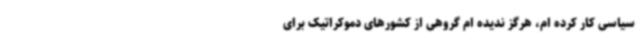
سیاسی کار کرده ام، هرگز ندیده ام گروهی از کشورهای دموکراتیک برای